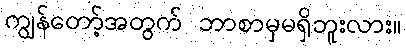
ကျွန်တော့်အတွက် ဘာစာမှမရှိဘူးလား။